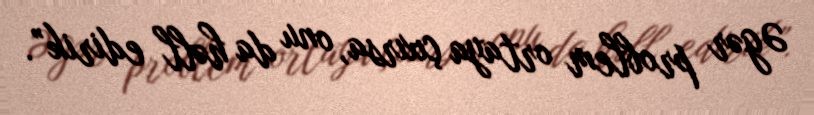
Əgər problem ortaya çıxırsa, onu da həll edirik”.